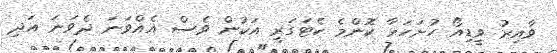
ވާއިރު ވީޑިއޯ ހުށަހަޅާ ކޮންމެ ކެޓަގަރީ އަކުން ވެސް އެއްވަނަ ދެވަނަ އަދި